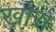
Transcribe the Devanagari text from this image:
खोरा